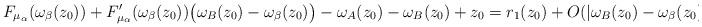
LaTeX: \begin{align*} F_{\mu_\alpha}(\omega_\beta(z_0))+F'_{\mu_\alpha}(\omega_\beta(z_0))\big(\omega_B(z_0)-\omega_\beta(z_0)\big) -\omega_A(z_0)-\omega_B(z_0)+z_0 &= r_1(z_0)+O(|\omega_B(z_0)-\omega_\beta(z_0)|^2)\,,\end{align*}